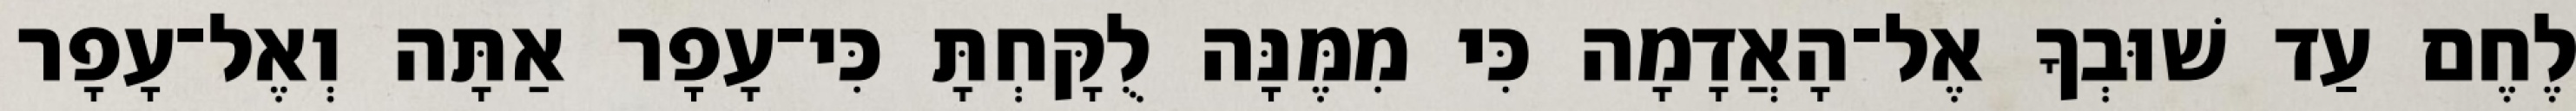
לֶחֶם עַד שׁוּבְךָ אֶל־הָאֲדָמָה כִּי מִמֶּנָּה לֻקָּחְתָּ כִּי־עָפָר אַתָּה וְאֶל־עָפָר